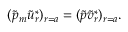
\begin{array} { r } { ( \tilde { p } _ { m } \tilde { u } _ { r } ^ { * } ) _ { r = a } = ( \tilde { p } \tilde { v } _ { r } ^ { * } ) _ { r = a } . } \end{array}